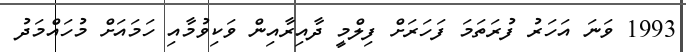
1993 ވަނަ އަހަރު ފުރަތަމަ ފަހަރަށް ފިލްމީ ދާއިރާއިން ވަކިވުމާއި ހަމައަށް މުހައްމަދު